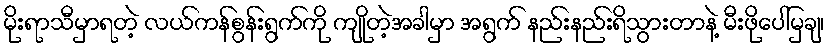
မိုးရာသီမှာရတဲ့ လယ်ကန်စွန်းရွက်ကို ကျိုတဲ့အခါမှာ အရွက် နည်းနည်းရိသွားတာနဲ့ မီးဖိုပေါ်မှချ၊